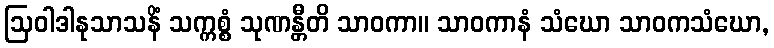
ဩဝါဒါနုသာသနိံ သက္ကစ္စံ သုဏန္တီတိ သာဝကာ။ သာဝကာနံ သံဃော သာဝကသံဃော,